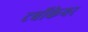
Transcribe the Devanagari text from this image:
टर्बोकेयर